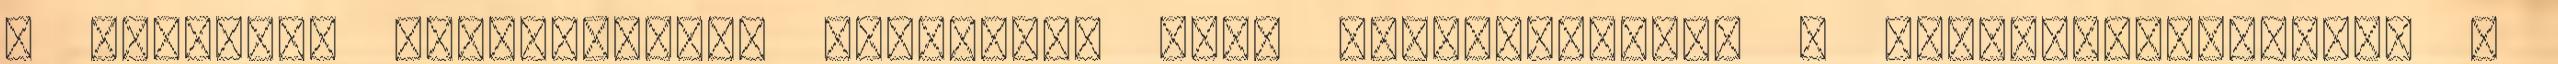
a grafikus felhasználói felületen való megjelenítés. A példányváltozókat a